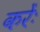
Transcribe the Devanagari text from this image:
करेंः